Annual report on the health of the army in India
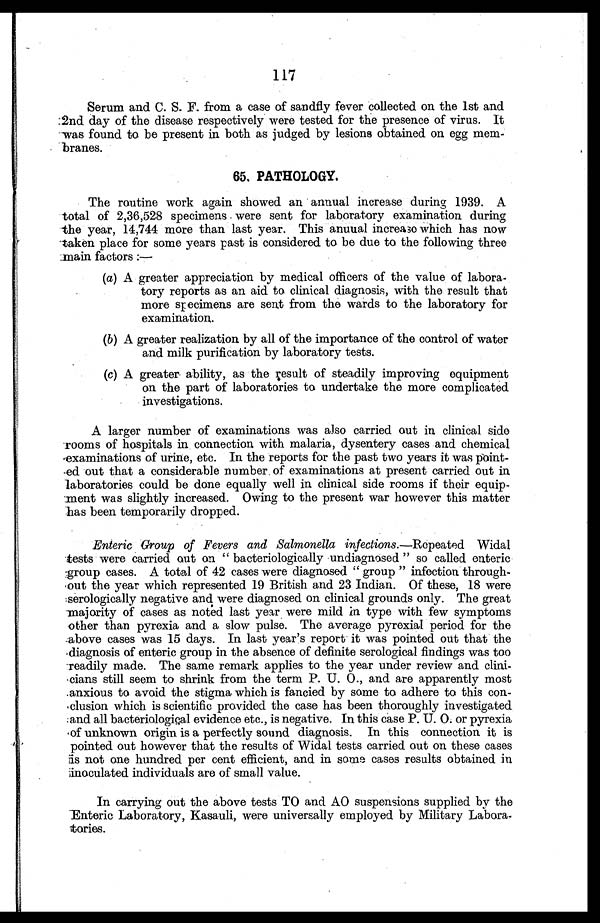
117
Serum and C. S. F. from a case of sandfly fever collected on the 1st and
2nd day of the disease respectively were tested for the presence of virus. It
was found to be present in both as judged by lesions obtained on egg mem
-branes.
65. PATHOLOGY.
The routine work again showed an annual increase during 1939. A
total of 2,36,528 specimens were sent for laboratory examination during
the year, 14,744 more than last year. This annual increase which has now
taken place for some years past is considered to be due to the following three
main factors:
—
(a) A greater appreciation by medical officers of the value of labora
-tory reports as an aid to clinical diagnosis, with the result that
more specimens are sent from the wards to the laboratory for
examination.
(b) A greater realization by all of the importance of the control of water
and milk purification by laboratory tests.
(c) A greater ability, as the result of steadily improving equipment
on the part of laboratories to undertake the more complicated
investigations.
A larger number of examinations was also carried out in clinical side
rooms of hospitals in connection with malaria, dysentery cases and chemical
examinations of urine, etc. In the reports for the past two years it was point
-ed out that a considerable number of examinations at present carried out in
laboratories could be done equally well in clinical side rooms if their equip
-ment was slightly increased. Owing to the present war however this matter
has been temporarily dropped.
Enteric Group of Fevers and Salmonella infections. —Repeated Widal
tests were carried out on "bacteriologically undiagnosed" so called enteric
group cases. A total of 42 cases were diagnosed "group" infection through
-out the year which represented 19 British and 23 Indian. Of these, 18 were
serologically negative and were diagnosed on clinical grounds only. The great
majority of cases as noted last year were mild in type with few symptoms
other than pyrexia and a slow pulse. The average pyrexial period for the
above cases was 15 days. In last year's report it was pointed out that the
diagnosis of enteric group in the absence of definite serological findings was too
readily made. The same remark applies to the year under review and clini
-cians still seem to shrink from the term P. U. O., and are apparently most
anxious to avoid the stigma which is fancied by some to adhere to this con-
clusion which is scientific provided the case has been thoroughly investigated
and all bacteriological evidence etc., is negative. In this case P. U. O. or pyrexia
of unknown origin is a perfectly sound diagnosis. In this connection it is
pointed out however that the results of Widal tests carried out on these cases
is not one hundred per cent efficient, and in some cases results obtained in
inoculated individuals are of small value.
In carrying out the above tests TO and AO suspensions supplied by the
Enteric Laboratory, Kasauli, were universally employed by Military Labora
-tories.